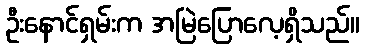
ဦးနောင်ရှမ်းက အမြဲပြောလေ့ရှိသည်။